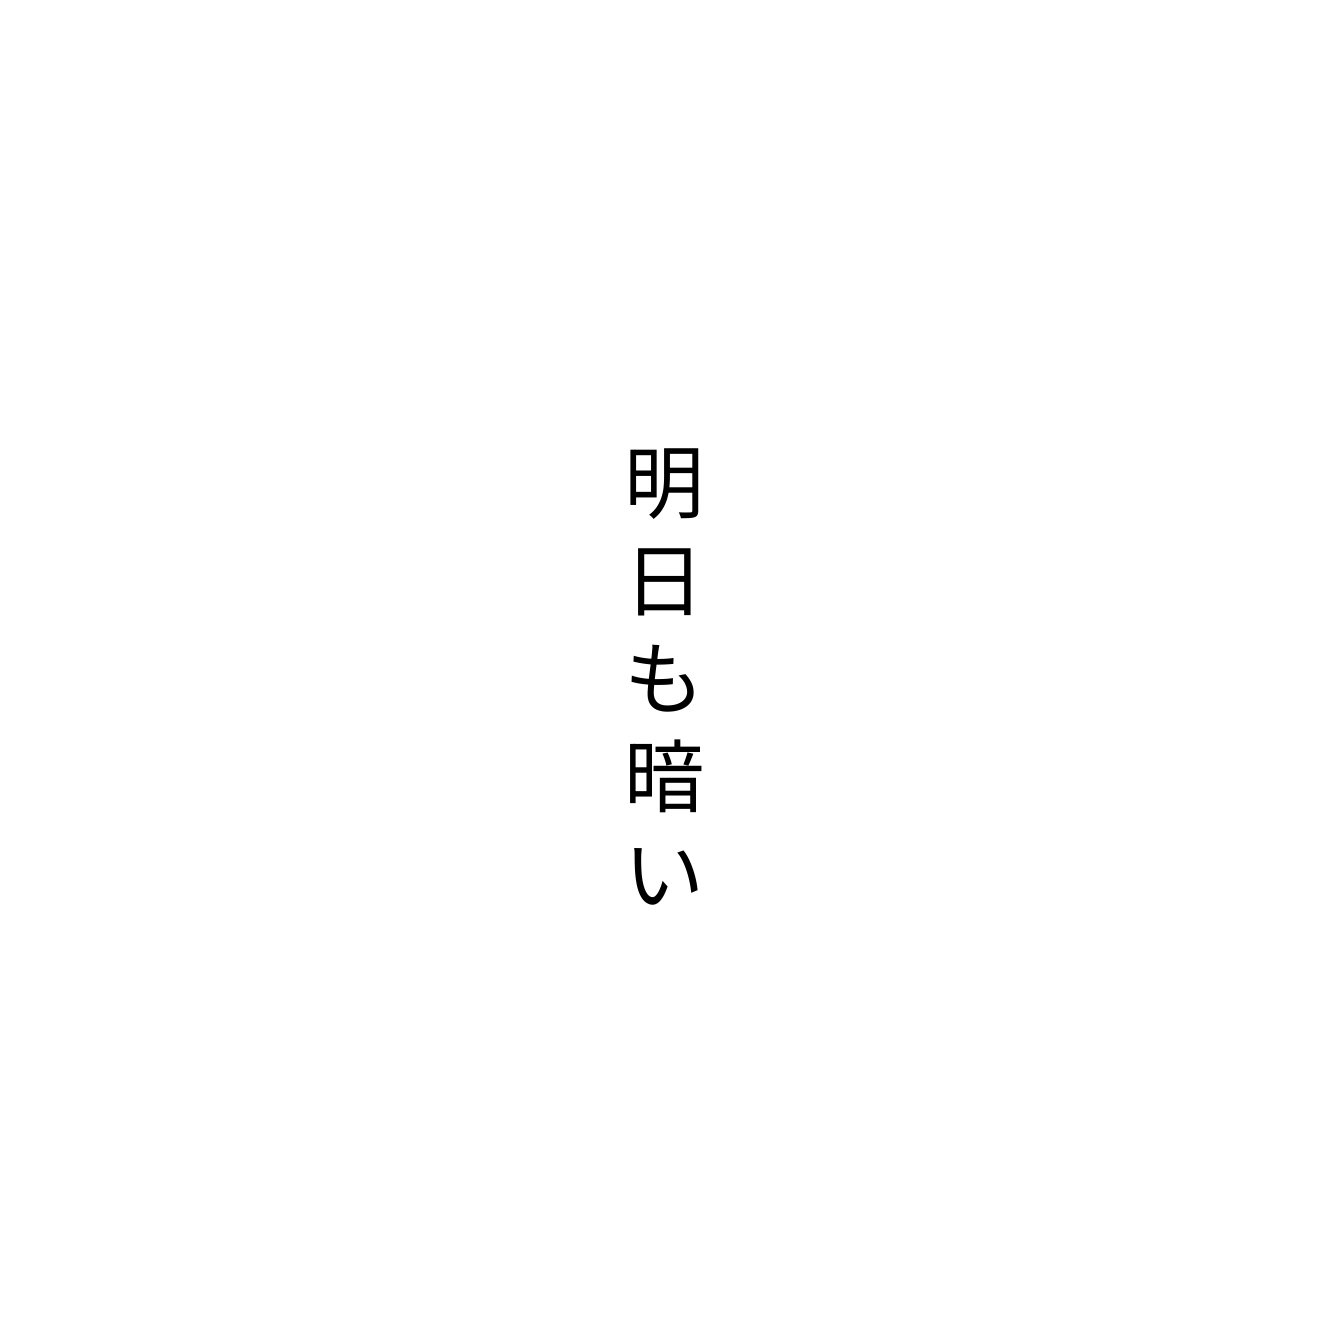
明日も暗い